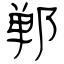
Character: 郸